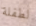
لطفلة